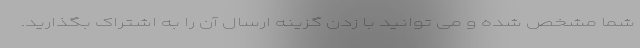
شما مشخص شده و می توانید با زدن گزینه ارسال آن را به اشتراک بگذارید.